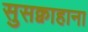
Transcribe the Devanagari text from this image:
सुसक्वाहाना